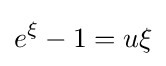
e^{\xi }-1=u\xi